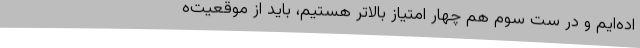
اده‌ایم و در ست سوم هم چهار امتیاز بالاتر هستیم، باید از موقعیت‌ه